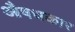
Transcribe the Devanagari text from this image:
औषधकार